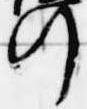
行